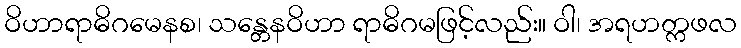
ဝိဟာရာဓိဂမေနစ၊ သန္တေနဝိဟာ ရာဓိဂမဖြင့်လည်း။ ဝါ၊ အရဟတ္ကဖလ